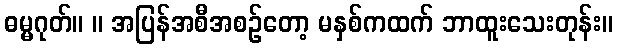
ဓမ္မဂုတ်။ ။ အပြန်အစီအစဉ်တော့ မနှစ်ကထက် ဘာထူးသေးတုန်း။